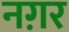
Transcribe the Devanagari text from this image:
नग़र